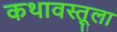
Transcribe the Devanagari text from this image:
कथावस्तूला